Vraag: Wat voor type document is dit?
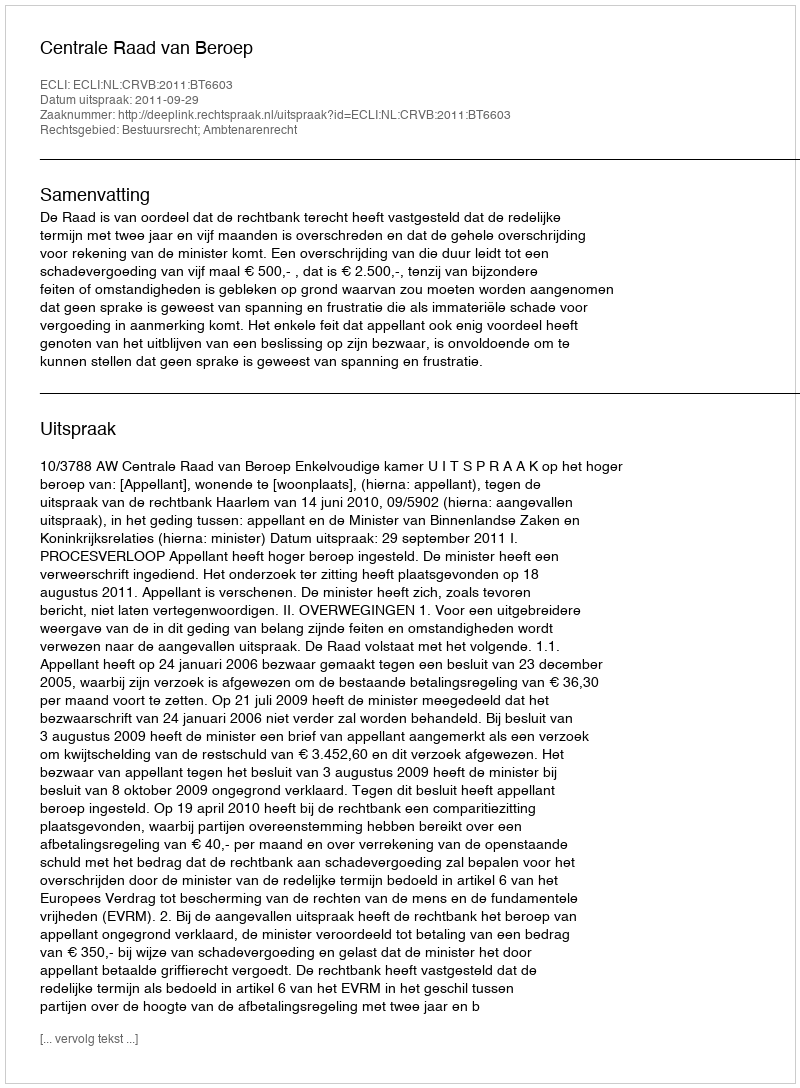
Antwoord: Uitspraak